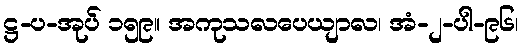
ဋ္ဌ-ပ-အုပ် ၁၅၉။ အကုသလပေယျာလ၊ အံ-၂-ပါ-၉၆၊